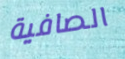
الصافية